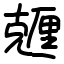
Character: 兣